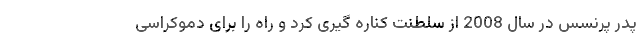
پدر پرنسس در سال 2008 از سلطنت کناره گیری کرد و راه را برای دموکراسی